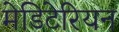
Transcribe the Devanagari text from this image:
मेडिटेरियन